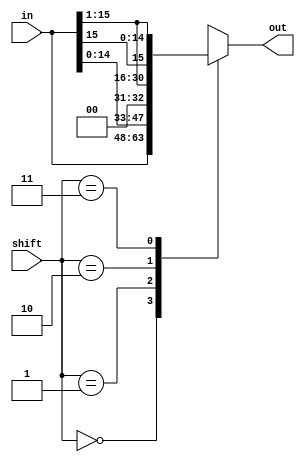
module shifter(in, out, shift);
  parameter k = 16;

  input [k - 1:0] in;
  input [1:0] shift;
  output reg [k - 1:0] out;

  always @(*) begin
    case (shift)
      2'b00: out = in;
      2'b01: out = in << 1;
      2'b10: out = in >> 1;
      2'b11: out = {in[k - 1], in[k - 1:1]};
    endcase
  end
endmodule